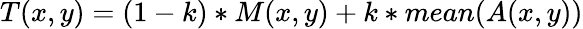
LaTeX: T(x,y)=(1-k)*M(x,y)+k*mean(A(x,y))